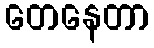
တေနေတာ